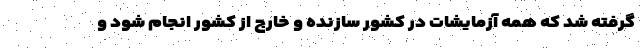
گرفته شد که همه آزمایشات در کشور سازنده و خارج از کشور انجام شود و